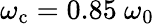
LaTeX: \omega_{\mathrm{c}}=0.85~\omega_{0}